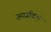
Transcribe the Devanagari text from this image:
जगजीवनी